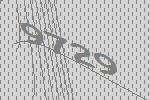
9729